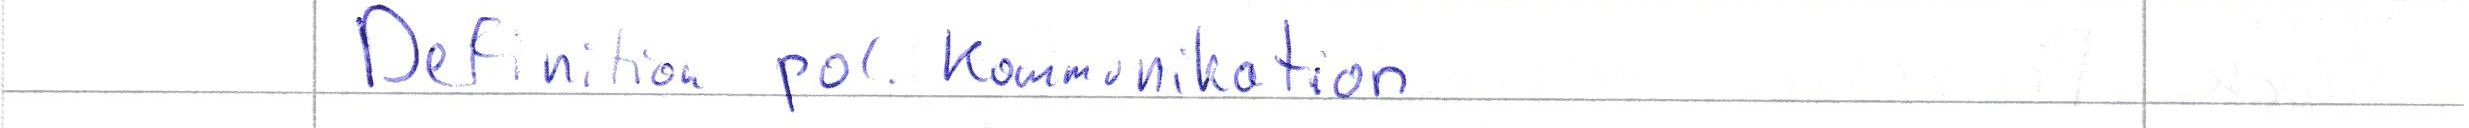
Definition pol. Kommunikation